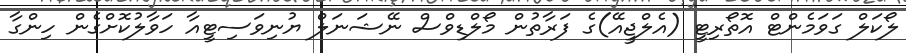
ލޯކަލް ގަވަމެންޓް އޮތޯރިޓީ (އެލްޖީއޭ)ގެ ފަރާތުން މޯލްޑިވްސް ނޭޝަނަލް ޔުނިވަސިޓީއާ ހަވާލުކޮށްގެން ހިންގާ